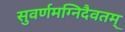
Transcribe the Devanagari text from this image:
सुवर्णमग्निदैवतम्